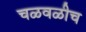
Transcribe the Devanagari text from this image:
चळवळीच